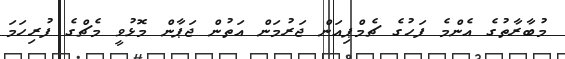
މުބާރާތުގެ އެންމެ ފަހުގެ ޗެމްޕިއަން ޖަރުމަން އަތުން ޖަޕާން މޮޅުވީ މެޗްގެ ފުރިހަމަ